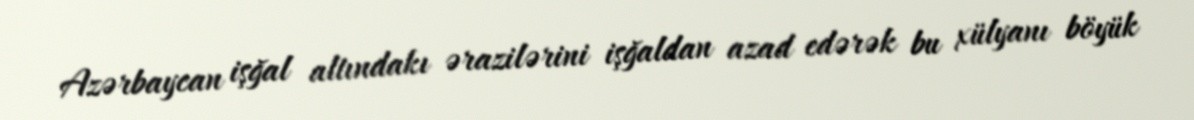
Azərbaycan işğal altındakı ərazilərini işğaldan azad edərək bu xülyanı böyük